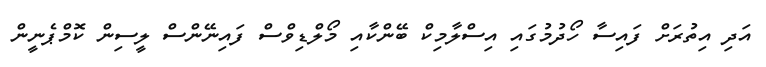
އަދި އިތުރަށް ފައިސާ ހޯދުމުގައި އިސްލާމިކް ބޭންކާއި މޯލްޑިވްސް ފައިނޭންސް ލީސިން ކޮމްޕެނީން